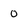
Character: 0